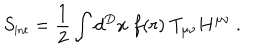
S _ { \mathrm { { \small i n t } } } = { \frac { 1 } { 2 } } \int d ^ { D } x ~ f ( r ) ~ T _ { \mu \nu } H ^ { \mu \nu } ~ .